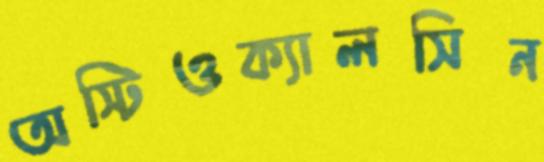
অস্টিওক্যালসিন